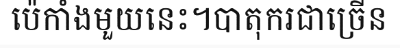
ប៉េកាំងមួយនេះ។បាតុករជាច្រើន